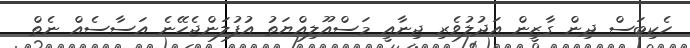
ހެކިބަސް ދިން ގާޒީން އަދުލުވެރި ޖިނާއީ މަސްއޫލިއްޔަތު އުފުލަންޖެހޭނެ އަސާސެއް ނެތް